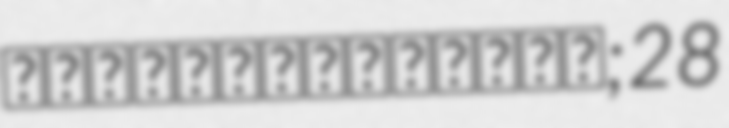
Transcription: عبد القادر فريحة; 28